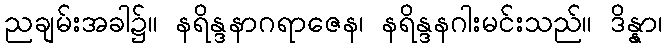
ညချမ်းအခါ၌။ နရိန္ဒနာဂရာဇေန၊ နရိန္ဒနဂါးမင်းသည်။ ဒိန္နာ၊